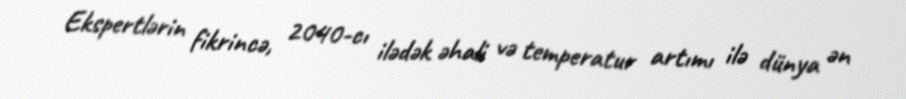
Ekspertlərin fikrincə, 2040-cı ilədək əhali və temperatur artımı ilə dünya ən